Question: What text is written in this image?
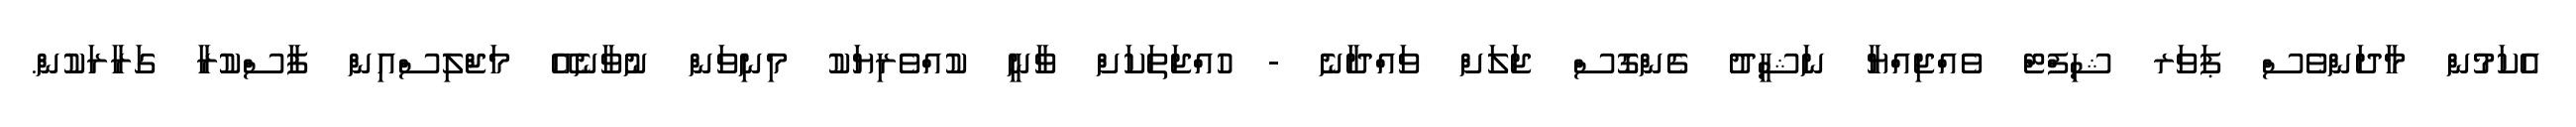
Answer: އެކަމުން މާދަންވެސް ޕަވަރ ޝިފްޓް ވެއްޖިއްޔާ ނަޝީދު ގެންގޮސް ޖަލަށް ވައްދާނެ - ހުއްޖަތަކަށް ވާނީ ކުއްވެރިޔަކު މިނިވަން ނުވާނެއޭ މަޖްލިސްއިން ފާސްކުރާ ގަރާރަކުން.